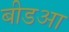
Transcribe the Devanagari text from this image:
बीडआ